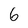
Character: 6